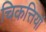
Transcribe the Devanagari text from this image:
चिकत्तियां